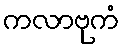
ကလာဗုကံ